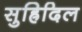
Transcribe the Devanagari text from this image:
सुह्रिदिल